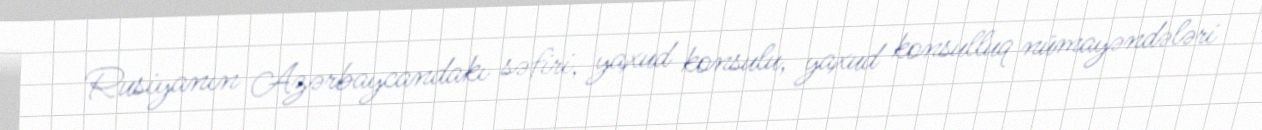
Rusiyanın Azərbaycandakı səfiri, yaxud konsulu, yaxud konsulluq nümayəndələri